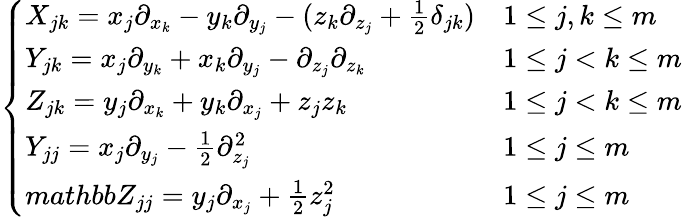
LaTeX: \begin{array}{r}{\left\{ \begin{array}{ll}{X_{jk}=x_{j}\partial_{x_{k}}-y_{k}\partial_{y_{j}}-(z_{k}\partial_{z_{j}}+\frac{1}{2}\delta_{jk})}&{1\leq j,k\leq m}\\ {Y_{jk}=x_{j}\partial_{y_{k}}+x_{k}\partial_{y_{j}}-\partial_{z_{j}}\partial_{z_{k}}}&{1\leq j<k\leq m}\\ {Z_{jk}=y_{j}\partial_{x_{k}}+y_{k}\partial_{x_{j}}+z_{j}z_{k}}&{1\leq j<k\leq m}\\ {Y_{jj}=x_{j}\partial_{y_{j}}-\frac{1}{2}\partial_{z_{j}}^{2}}&{1\leq j\leq m}\\ {mathbb{Z}_{jj}=y_{j}\partial_{x_{j}}+\frac{1}{2}z_{j}^{2}}&{1\leq j\leq m}\end{array}\right.}\end{array}